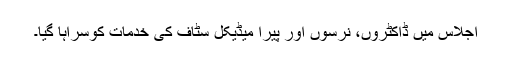
اجلاس میں ڈاکٹروں، نرسوں اور پیرا میڈیکل سٹاف کی خدمات کوسراہا گیا۔